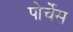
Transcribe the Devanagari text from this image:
पोर्चेस